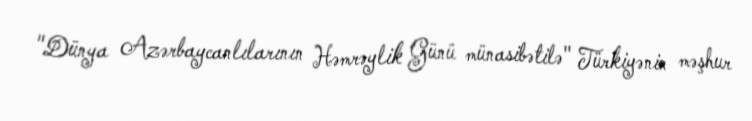
"Dünya Azərbaycanlılarının Həmrəylik Günü münasibətilə" Türkiyənin məşhur